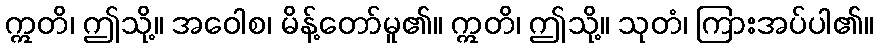
ဣတိ၊ ဤသို့။ အဝေါစ၊ မိန့်တော်မူ၏။ ဣတိ၊ ဤသို့။ သုတံ၊ ကြားအပ်ပါ၏။